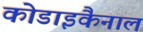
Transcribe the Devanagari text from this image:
कोडाइकैनाल